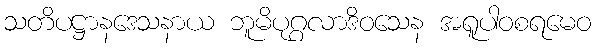
သတိပဋ္ဌာနဒေသနာယ ဘူမိပုဂ္ဂလာဒိဝသေန အရူပါဝစရမေဝ